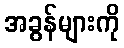
အခွန်များကို